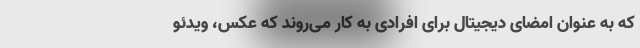
که به عنوان امضای دیجیتال برای افرادی به کار می‌روند که عکس، ویدئو